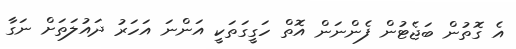
އެ ގޮތުން ބަޖެޓުން ފެންނަން އޮތް ހަގީގަތަކީ އަންނަ އަހަރު ދައުލަތަށް ނަގާ